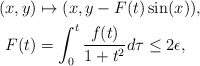
\begin{align*} (x,y)&\mapsto (x,y-F(t)\sin(x)), \\ F(t)&= \int_{0}^t \frac{f(t)}{1+t^2} d\tau \leq 2 \epsilon,\end{align*}